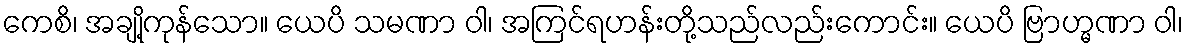
ကေစိ၊ အချို့ကုန်သော။ ယေပိ သမဏာ ဝါ၊ အကြင်ရဟန်းတို့သည်လည်းကောင်း။ ယေပိ ဗြာဟ္မဏာ ဝါ၊